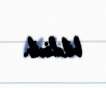
bildirib.